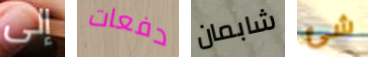
إلى دفعات شابمان شئ